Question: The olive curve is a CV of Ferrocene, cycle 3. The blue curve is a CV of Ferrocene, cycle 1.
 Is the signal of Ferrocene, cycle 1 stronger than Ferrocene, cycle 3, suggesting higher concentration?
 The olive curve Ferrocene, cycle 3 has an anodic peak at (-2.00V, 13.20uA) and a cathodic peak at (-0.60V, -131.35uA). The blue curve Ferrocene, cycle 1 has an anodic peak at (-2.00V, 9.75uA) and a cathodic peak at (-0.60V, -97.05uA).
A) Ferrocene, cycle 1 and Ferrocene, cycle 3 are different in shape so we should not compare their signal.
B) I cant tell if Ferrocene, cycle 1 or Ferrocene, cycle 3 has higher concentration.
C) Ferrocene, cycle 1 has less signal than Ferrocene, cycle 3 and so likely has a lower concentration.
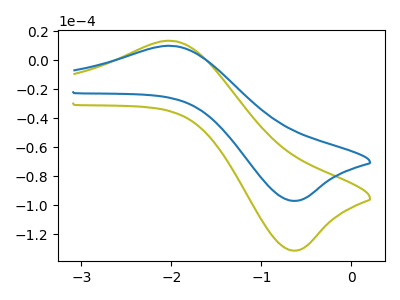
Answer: <think>All the peaks in "Ferrocene, cycle 1" have a peak in "Ferrocene, cycle 3" at the same potential. Every peak in "Ferrocene, cycle 1" is lower than every peak in "Ferrocene, cycle 3".
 </think>
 <answer>C) "Ferrocene, cycle 1" has less signal than "Ferrocene, cycle 3" and so likely has a lower concentration.</answer>
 <eval>C</eval>